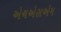
એચએસએમ